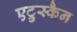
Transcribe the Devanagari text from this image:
एट्रुस्कैन